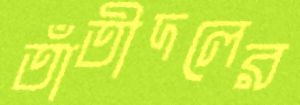
তাঁতীদলের